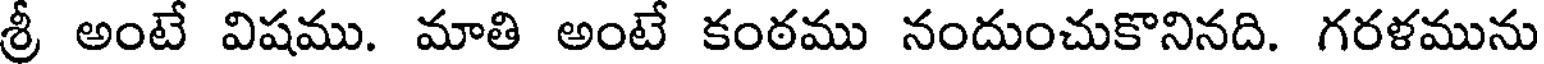
శ్రీ అంటే విషము. మాతి అంటే కంఠము నందుంచుకొనినది. గరళమును